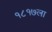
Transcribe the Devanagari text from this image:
१८१७ला